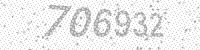
Solution: 706932